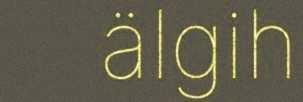
älgih